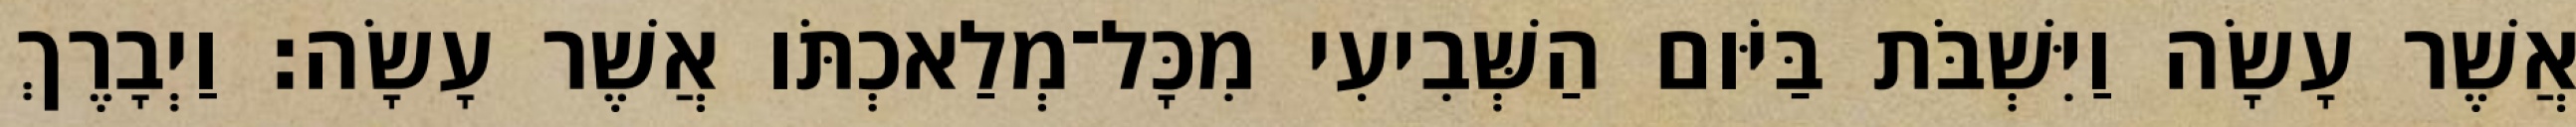
אֲשֶׁר עָשָׂה וַיִּשְׁבֹּת בַּיֹּום הַשְּׁבִיעִי מִכָּל־מְלַאכְתֹּו אֲשֶׁר עָשָׂה׃ וַיְבָרֶךְ